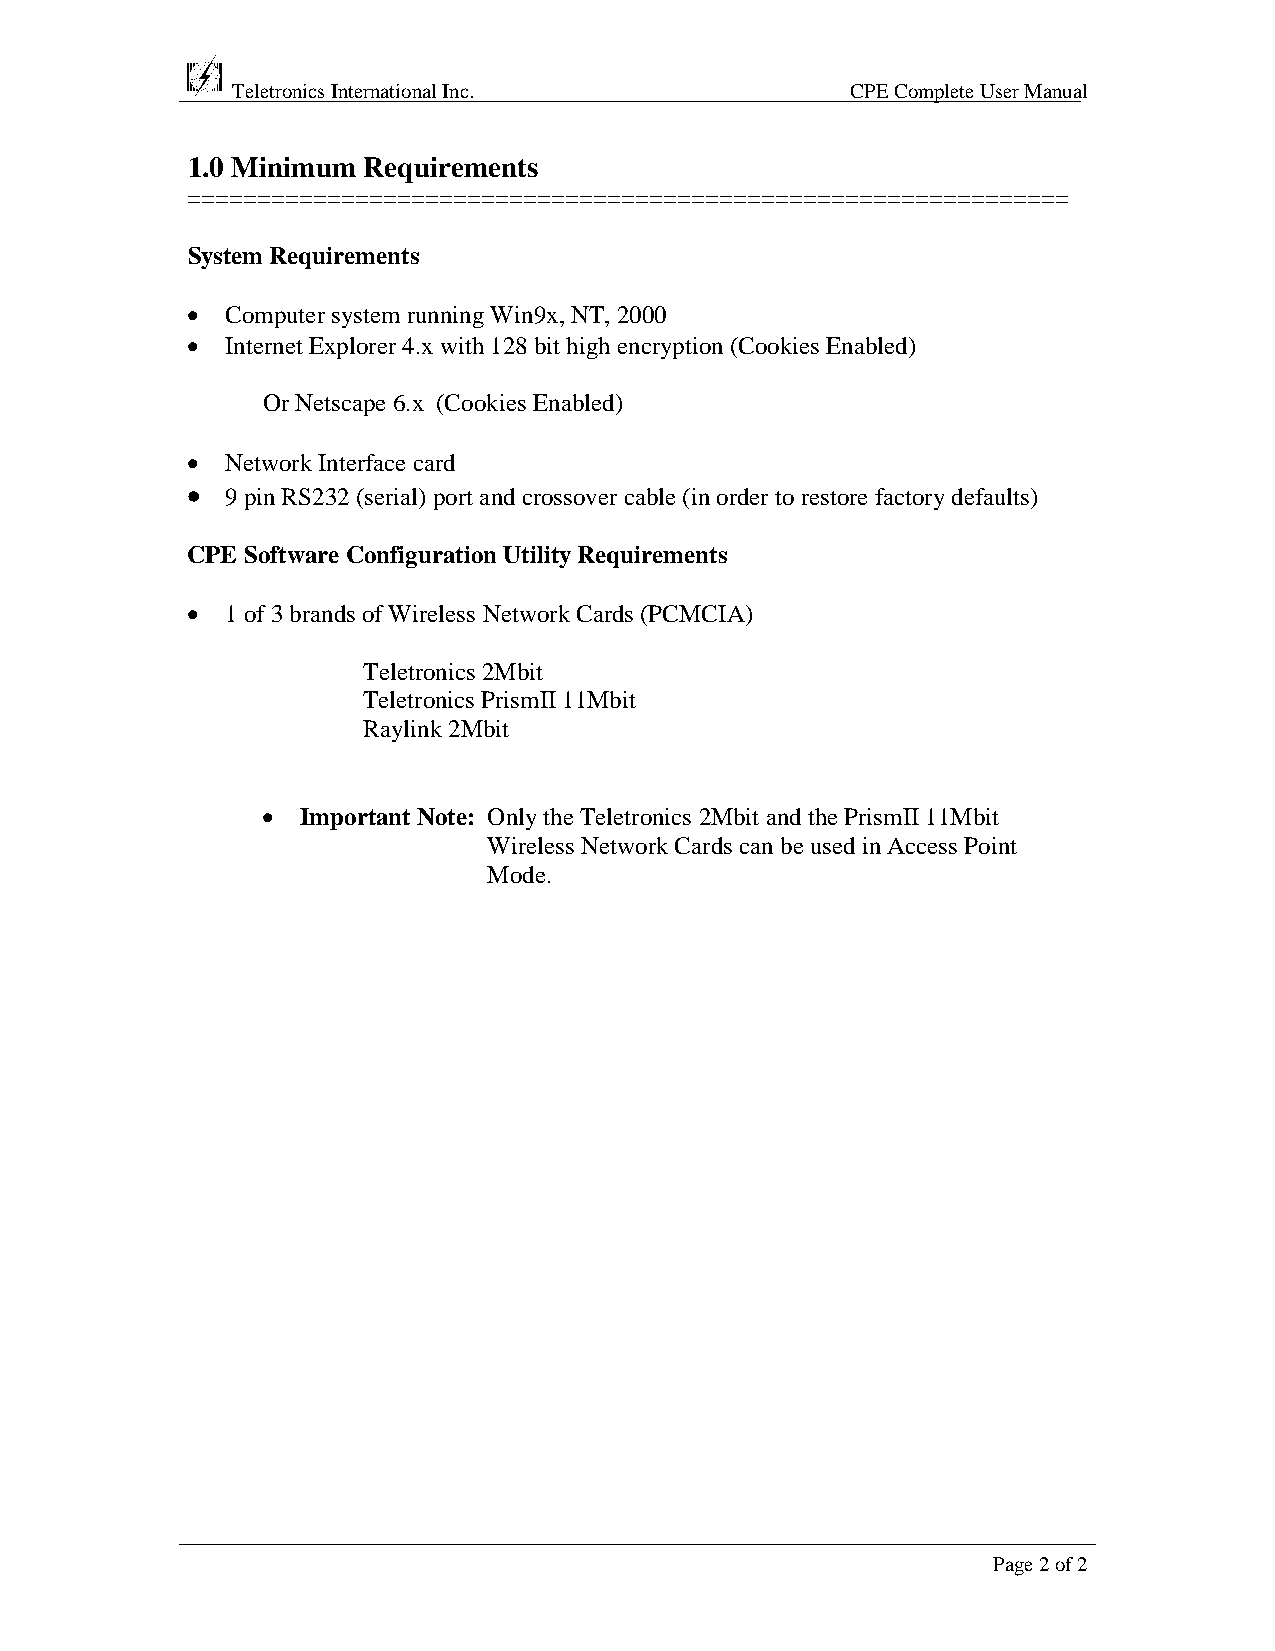
Teletronics International Inc.           CPE Complete User Manual
 1.0 Minimum Requirements
 ===============================================================
 System Requirements
 •  Computer system running Win9x, NT, 2000
 •  Internet Explorer 4.x with 128 bit high encryption (Cookies Enabled)
 Or Netscape 6.x (Cookies Enabled)
 •  Network Interface card
 •
 9 pin RS232 (serial) port and crossover cable (in order to restore factory defaults)
 CPE Software Configuration Utility Requirements
 •  1 of 3 brands of Wireless Network Cards (PCMCIA)
 Teletronics 2Mbit
 Teletronics PrismII 11Mbit
 Raylink 2Mbit
 •  Important Note: Only the Teletronics 2Mbit and the PrismII 11Mbit
 Wireless Network Cards can be used in Access Point
 Mode.
 Page 2 of 2